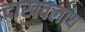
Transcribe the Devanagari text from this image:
दाखवलाय